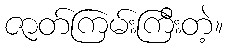
ဇာတ်ကြမ်းကြီးတဲ့။